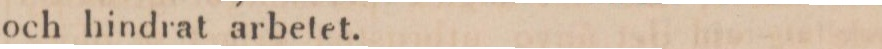
och hindrat arbetet.